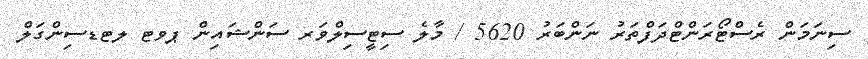
ސިނަމަން ރެސްޓޯރަންޓްދަފްތަރު ނަންބަރު 5620 / މާލެ ސިޓީސިލްވަރ ސަންޝައިން ޕވޓ ލޓޑސިންގަލް